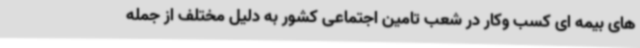
های بیمه ای کسب وکار در شعب تامین اجتماعی کشور به دلیل مختلف از جمله